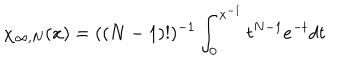
\chi _ { \infty , N } ( x ) = ( ( N - 1 ) ! ) ^ { - 1 } \int _ { 0 } ^ { x ^ { - 1 } } t ^ { N - 1 } e ^ { - t } d t